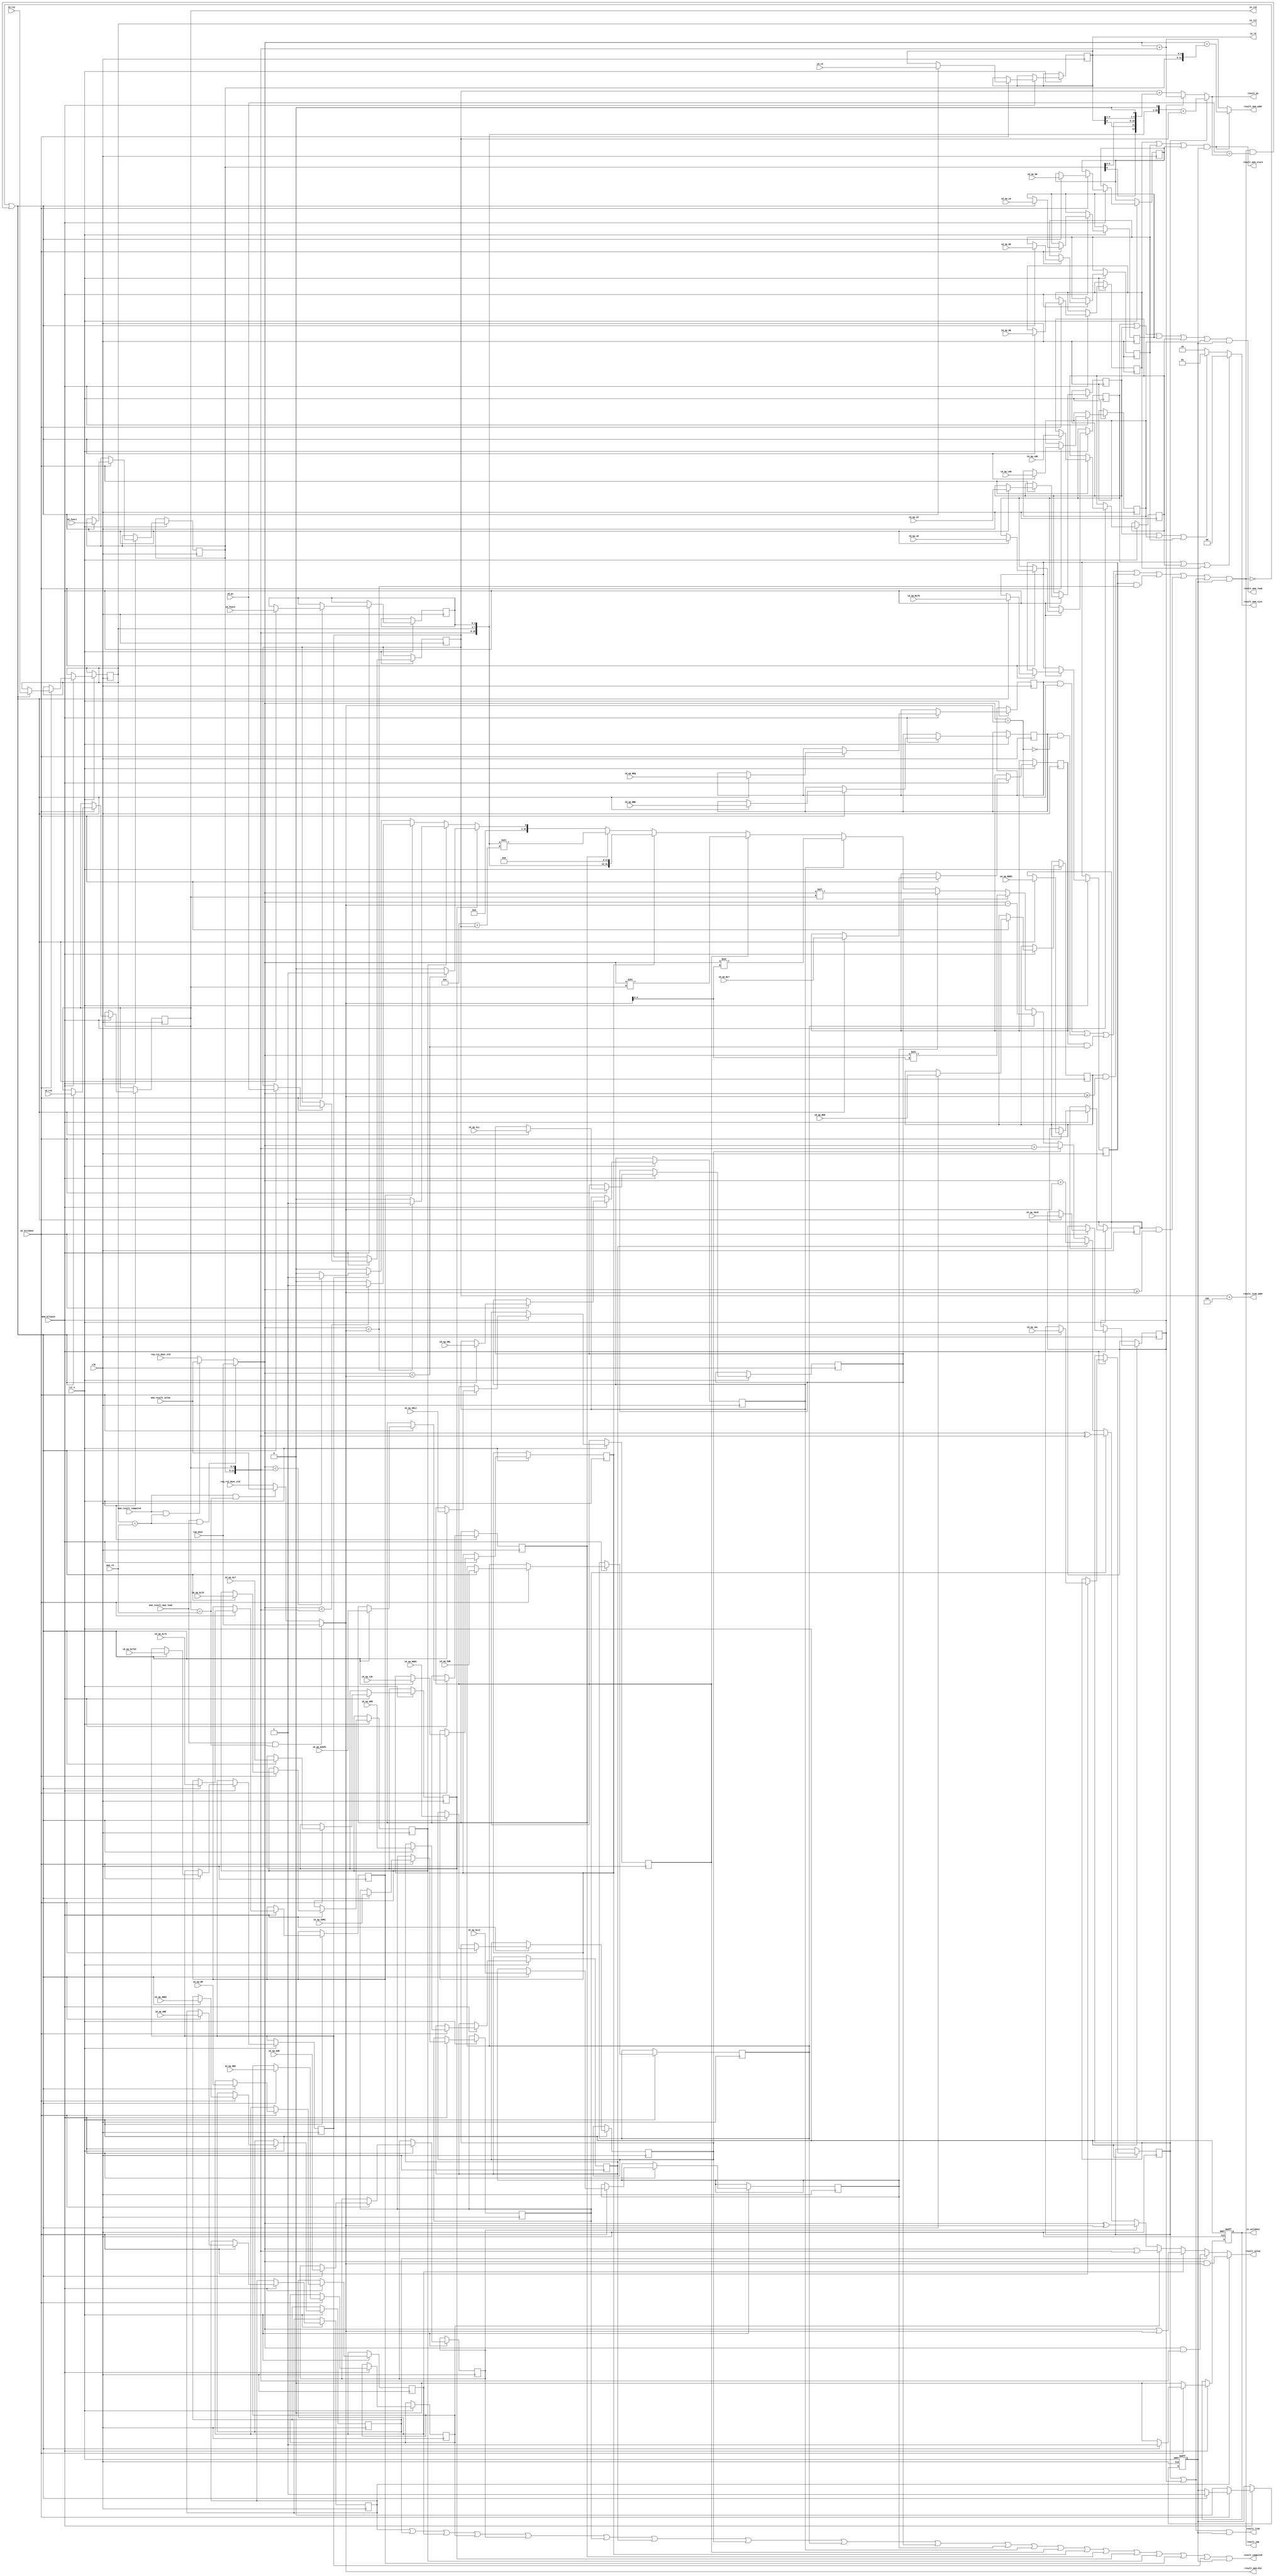
/**
 * Description: Pipe IE(Instruction Execute)  (the 3rd pipe)
 * Notes: This is the most complicated part of CPU.
          In this part we need to compute the valud that MEM and WB need.
          Designing this part, needs a good understanding of RISC-V Instrctions.
          My comprehension will be displayed below.
          1. Read Memory: e.g. LB(Load Byte), [offset, rs1, 000, rd, 0000011]
                          the memory address is x[rs1] + offset,  read memory at MEM peiord.
                          At WB peiord, write the Value at x[rd]
                          Now that, we need to compute the address(x[rs1] + offset) at IE and save it.
          2. Write Memory: e.g. SB(Store Byte), [offset, rs2, rs1, 000, offset, 0100011]
                           the memory address is x[rs1] + offset, the data is x[rs2] (The reg value)
          3. Alter Register: e.g. XOR, [7'd0, rs2, rs1, 100, 0110011]
                             x[rd] = x[rs1] xor x[rs2]
          By these three examples, we can know what information that instructions need.
          So we can compute the parameters better for MEM and WB periord.

          Unfortunately, at IE stage there is a problem needing to be solved.
          It is frequent to update registers so that we cannot wait for the WB.
          The solution is to save the last result. Luckyly, 5 pipes design only need to save once.
*/

module core_pipe_ie (
    input               clk,
    input               rst_n,
    output reg          ie_validout,
    input               mem_allowin,
    input               id_validout,
    //Value
    input[31:0]         id_pc,
    input[4:0]          id_rd,
    input[2:0]          id_func3,
    input[4:0]          id_rs1,
    input[4:0]          id_rs2,
    input[6:0]          id_func7,
    //Memory Instruction
    input               id_op_LB,
    input               id_op_LH,
    input               id_op_LW,
    input               id_op_LBU,
    input               id_op_LHU,
    input               id_op_SB,
    input               id_op_SH,
    input               id_op_SW,
    //Transfer Control
    input               id_op_BEQ,
    input               id_op_BNE,
    input               id_op_BLT,
    input               id_op_BGE,
    input               id_op_BLTU,
    input               id_op_BGEU,
    input               id_op_JAL,
    input               id_op_JALR,
    //Computational
    input               id_op_AND,
    input               id_op_ANDI,
    input               id_op_OR,
    input               id_op_ORI,
    input               id_op_XOR,
    input               id_op_XORI,

    input               id_op_ADD,
    input               id_op_ADDI,
    input               id_op_SUB,

    input               id_op_SLL,
    input               id_op_SLLI,
    input               id_op_SRL,
    input               id_op_SRLI,
    input               id_op_LUI,
    input               id_op_AUIPC,
    input               id_op_SLT,
    input               id_op_SLTU,
    input               id_op_SLTI,
    input               id_op_SLTIU,
    //Result Output
    //Memory Instruction
    output              result_mem_load,
    output              result_mem_store,
    output[1:0]         result_mem_size,
    output[31:0]        result_mem_addr,
    output[31:0]        result_mem_din,
    //Transfer Control
    output[31:0]        result_pc,
    output              result_jmp,
    output              result_link,
    output[31:0]        result_link_addr,
    //Computational
    output[31:0]        result_value,
    output              result_computed,
    //Reg arrary
    output reg[4:0]     ie_rd,
    output reg[4:0]     ie_rs1,
    output reg[4:0]     ie_rs2,
    input[31:0]         reg_rs1_dout_old,
    input[31:0]         reg_rs2_dout_old,
    //MEM Data conflict
    input[4:0]          mem_rd,
    input               mem_result_mem_load,
    input[31:0]         ram_dout,
    input               mem_result_computed,
    input[31:0]         mem_result_value
);

reg[31:0]    ie_pc;
reg[2:0]     ie_func3;
reg[6:0]     ie_func7;
reg          execute_en;

reg op_LB;
reg op_LH;
reg op_LW;
reg op_LBU;
reg op_LHU;
reg op_SB;
reg op_SH;
reg op_SW;

reg op_BEQ;
reg op_BNE;
reg op_BLT;
reg op_BGE;
reg op_BLTU;
reg op_BGEU;
reg op_JAL;
reg op_JALR;

reg op_AND;
reg op_ANDI;
reg op_OR;
reg op_ORI;
reg op_XOR;
reg op_XORI;

reg op_ADD;
reg op_ADDI;
reg op_SUB;

reg op_SLL;
reg op_SLLI;
reg op_SRL;
reg op_SRLI;
reg op_LUI;
reg op_AUIPC;
reg op_SLT;
reg op_SLTU;
reg op_SLTI;
reg op_SLTIU;

wire[31:0]    reg_rs1_dout;
wire[31:0]    reg_rs2_dout;

assign reg_rs1_dout = mem_result_mem_load && ie_rs1 == mem_rd ? ram_dout:
                      mem_result_computed && ie_rs1 == mem_rd ? mem_result_value : reg_rs1_dout_old;

assign reg_rs2_dout = mem_result_mem_load && ie_rs2 == mem_rd ? ram_dout:
                      mem_result_computed && ie_rs2 == mem_rd ? mem_result_value : reg_rs2_dout_old;
/*
Description: This is ALU, but combined in IE.
             Sacrifice Power Consumption, to reduce area.
*/

//Memory Instructions
assign result_mem_size = op_LB | op_LBU | op_SB ? 2'b00 :
                         op_LH | op_LHU | op_SH ? 2'b01 :
                         op_LW | op_SW          ? 2'b10 : 2'b10;
assign result_mem_load  = (op_LB | op_LH | op_LW | op_LBU | op_LHU) & execute_en;
assign result_mem_store = (op_SB | op_SH | op_SW) & execute_en;
assign result_mem_addr  = result_mem_store ? $signed(reg_rs1_dout) + $signed({ie_func7,ie_rd}) : 
                                             $signed(reg_rs1_dout) + $signed({ie_func7,ie_rs2});
assign result_mem_din   = reg_rs2_dout;

//Transfer Control
wire   rs1_eq_rs2               =   reg_rs1_dout == reg_rs2_dout;
wire   rs1_lt_rs2_signed        =   $signed(reg_rs1_dout) < $signed(reg_rs2_dout);
wire   rs1_ge_rs2_signed        =   $signed(reg_rs1_dout) >= $signed(reg_rs2_dout);
wire   rs1_lt_rs2_unsigned      =   reg_rs1_dout < reg_rs2_dout;
wire   rs1_ge_rs2_unsigned      =   reg_rs1_dout >= reg_rs2_dout;

assign result_jmp       =  ((op_BEQ & rs1_eq_rs2)             |
                            (op_BNE & ~rs1_eq_rs2)            |
                            (op_BLT & rs1_lt_rs2_signed)      |
                            (op_BGE & rs1_ge_rs2_signed)      |
                            (op_BLTU & rs1_lt_rs2_unsigned)   |
                            (op_BGEU & rs1_ge_rs2_unsigned)   |
                            (op_JAL | op_JALR)) & execute_en;

// wire[20:0]  test_pc = {ie_func7[6],ie_rs1,ie_func3,ie_rs2[0],ie_func7[5:0],ie_rs2[4:1],1'b0};
// wire[31:0]  test_pc_1 = $signed({ie_func7,ie_rs2,ie_rs1,ie_func3});
// wire[31:0]  test_pc_1 = $signed({ie_func7[6],ie_rs1,ie_func3,ie_rs2[0],ie_func7[5:0],ie_rs2[4:1],1'b0});
assign result_pc        =   op_JAL  ? $signed({ie_func7,ie_rs2,ie_rs1,ie_func3,1'b0}) + $signed(ie_pc) :
                            op_JALR ? $signed(reg_rs1_dout) + $signed({ie_func7,ie_rs2}) :
                            $signed(ie_pc) + $signed({ie_func7[6],ie_rd[0],ie_func7[5:0],ie_rd[4:1],1'b0});
assign result_link      =   (op_JAL | op_JALR) & execute_en;
assign result_link_addr =   ie_pc + 32'd4;

//Computational

assign result_value =   op_AND      ? reg_rs1_dout & reg_rs2_dout       : 
                        op_ANDI     ? reg_rs1_dout & {ie_func7, ie_rs2} :
                        op_OR       ? reg_rs1_dout | reg_rs2_dout       :
                        op_ORI      ? reg_rs1_dout | {ie_func7, ie_rs2} :
                        op_XOR      ? reg_rs1_dout ^ reg_rs2_dout       :
                        op_XORI     ? reg_rs1_dout ^ {ie_func7, ie_rs2} :

                        op_ADD      ? reg_rs1_dout + reg_rs2_dout       :
                        op_ADDI     ? reg_rs1_dout + {ie_func7, ie_rs2} :
                        op_SUB      ? reg_rs1_dout - reg_rs2_dout       :

                        op_SLL      ? reg_rs1_dout << reg_rs2_dout[4:0] :
                        op_SLLI     ? reg_rs1_dout << ie_rs2            :
                        op_SRL      ? reg_rs1_dout >> reg_rs2_dout[4:0] :
                        op_SRLI     ? reg_rs1_dout >> ie_rs2            :
                        op_LUI      ? $signed({ie_func7, ie_rs2,ie_rs1,ie_func3}) << 4'd12                  :
                        op_AUIPC    ? $signed({ie_func7, ie_rs2,ie_rs1,ie_func3}) << 4'd12 + ie_pc          :
                        op_SLT      ? rs1_lt_rs2_signed ? 32'd1 : 32'd0                                     :
                        op_SLTU     ? rs1_lt_rs2_unsigned ? 32'd1 : 32'd0                                   :
                        op_SLTI     ? $signed(reg_rs1_dout) < $signed({ie_func7, ie_rs2}) ? 32'd1 : 32'd0   :
                        op_SLTIU    ? reg_rs1_dout < {ie_func7, ie_rs2} ? 32'd1 : 32'd0                     : 32'd0;

assign result_computed =   (op_AND   |
                            op_ANDI  |
                            op_OR    |
                            op_ORI   |
                            op_XOR   |
                            op_XORI  |

                            op_ADD   |
                            op_ADDI  |
                            op_SUB   |

                            op_SLL   |
                            op_SLLI  |
                            op_SRL   |
                            op_SRLI  |
                            op_LUI   |
                            op_AUIPC |
                            op_SLT   |
                            op_SLTU  |
                            op_SLTI  |
                            op_SLTIU ) & execute_en;

always @(posedge clk or negedge rst_n) begin
    if (!rst_n) begin
        ie_validout     <= 1'b0;
        execute_en      <= 1'b0;
    end else begin
        if (mem_allowin) begin
            if (id_validout) begin
                //1. ie_result_jmp == 0
                //2. ie_result_jmp == 1 and id_pc == ie_result_pc
                if (!result_jmp || (result_jmp && id_pc == result_pc)) begin
                    ie_validout <= 1'b1;
                    ie_pc       <= id_pc;
                    ie_rd       <= id_rd;
                    ie_func3    <= id_func3;
                    ie_rs1      <= id_rs1;
                    ie_rs2      <= id_rs2;
                    ie_func7    <= id_func7;

                    op_LB       <= id_op_LB;
                    op_LH       <= id_op_LH;
                    op_LW       <= id_op_LW;
                    op_LBU      <= id_op_LBU;
                    op_LHU      <= id_op_LHU;
                    op_SB       <= id_op_SB;
                    op_SH       <= id_op_SH;
                    op_SW       <= id_op_SW;

                    op_BEQ      <= id_op_BEQ;
                    op_BNE      <= id_op_BNE;
                    op_BLT      <= id_op_BLT;
                    op_BGE      <= id_op_BGE;
                    op_BLTU     <= id_op_BLTU;
                    op_BGEU     <= id_op_BGEU;
                    op_JAL      <= id_op_JAL;
                    op_JALR     <= id_op_JALR;

                    op_AND      <= id_op_AND;
                    op_ANDI     <= id_op_ANDI;
                    op_OR       <= id_op_OR;
                    op_ORI      <= id_op_ORI;
                    op_XOR      <= id_op_XOR;
                    op_XORI     <= id_op_XORI;

                    op_ADD      <= id_op_ADD;
                    op_ADDI     <= id_op_ADDI;
                    op_SUB      <= id_op_SUB;

                    op_SLL      <= id_op_SLL;
                    op_SLLI     <= id_op_SLLI;
                    op_SRL      <= id_op_SRL;
                    op_SRLI     <= id_op_SRLI;
                    op_LUI      <= id_op_LUI;
                    op_AUIPC    <= id_op_AUIPC;
                    op_SLT      <= id_op_SLT;
                    op_SLTU     <= id_op_SLTU;
                    op_SLTI     <= id_op_SLTI;
                    op_SLTIU    <= id_op_SLTIU;
                    execute_en  <= 1'b1;
                end else begin
                    ie_validout <= 1'b0;
                end
            end else begin
                execute_en  <= 1'b0;
                ie_validout <= 1'b0;
            end
        end
    end
end

endmodule